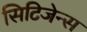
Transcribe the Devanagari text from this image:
सिटिजेन्स